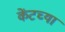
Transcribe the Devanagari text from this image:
केंटच्या